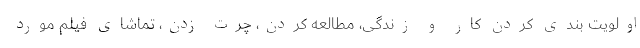
اولویت بندی کردن کار و زندگی، مطالعه کردن، چرت زدن، تماشای فیلم مورد